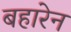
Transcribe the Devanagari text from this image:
बहारेन